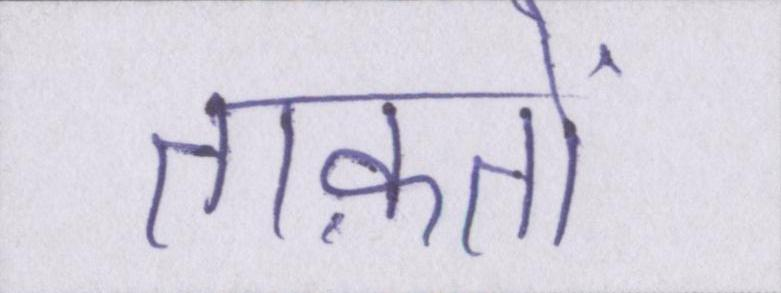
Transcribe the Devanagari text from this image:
ताक़तों